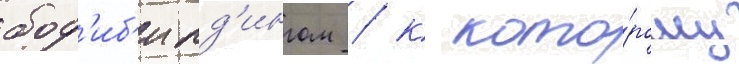
бод'иб'илд'ингом / к кото́рому